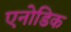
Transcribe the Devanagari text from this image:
एनोडिक